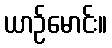
ယာဉ်မောင်း။